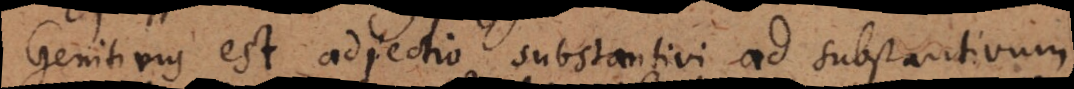
Genitivus est adjectio substantivi ad substantivum